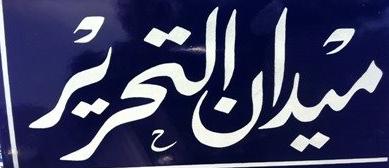
ميرانالترير